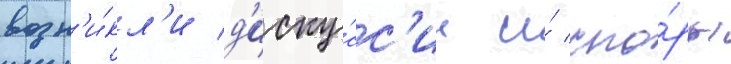
возн'и́кл'и д'иску́сс'ии и́ спо́ры